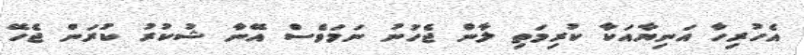
އެހުރިހާ އަނިޔާއަކާ ކުރިމަތި ލާން ޖެހުނު ނަމަވެސް އޭނާ ޝުކުރު ކުރަން ޖެހޭ